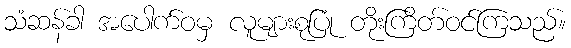
သံဆန်ခါ အပေါက်ဝမှ လူများစုပြုံ တိုးကြိတ်ဝင်ကြသည်။